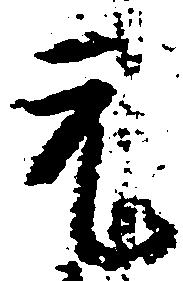
元